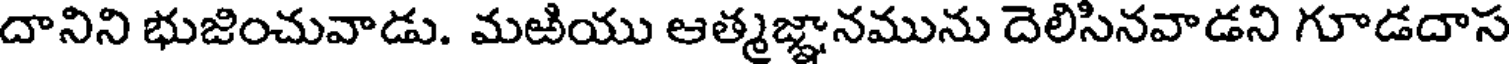
దానిని భుజించువాడు. మఱియు ఆత్మజ్ఞానమును దెలిసినవాడని గూడదాస